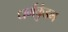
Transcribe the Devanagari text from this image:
धर्मकुंडम